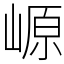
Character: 㟲